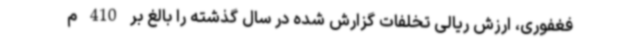
فغفوری، ارزش ریالی تخلفات گزارش شده در سال گذشته را بالغ بر 410 م